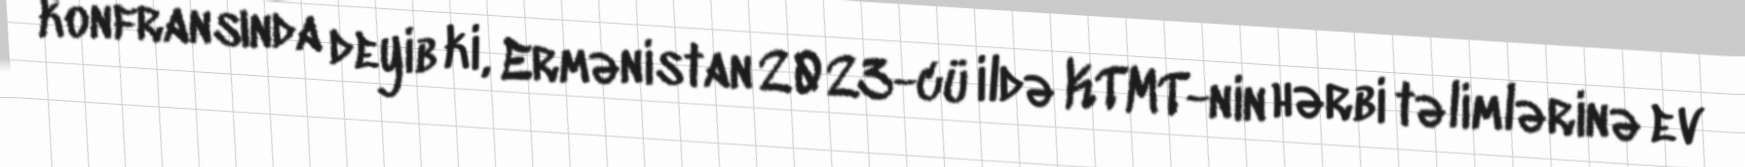
konfransında deyib ki, Ermənistan 2023-cü ildə KTMT-nin hərbi təlimlərinə ev